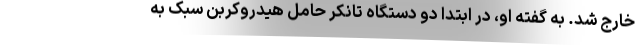
خارج شد. به گفته او، در ابتدا دو دستگاه تانکر حامل هیدروکربن سبک به